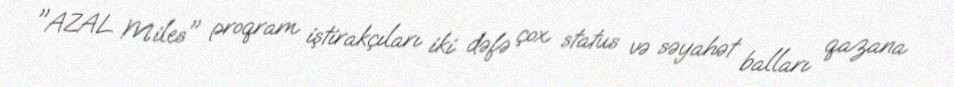
"AZAL Miles" proqram iştirakçıları iki dəfə çox status və səyahət balları qazana